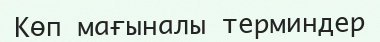
Көп мағыналы терминдер